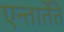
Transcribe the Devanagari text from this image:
एन्तार्तेते